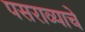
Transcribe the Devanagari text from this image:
पसराव्याचे